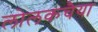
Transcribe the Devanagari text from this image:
लोलकचैया